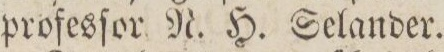
profesſor N. H. Selander.